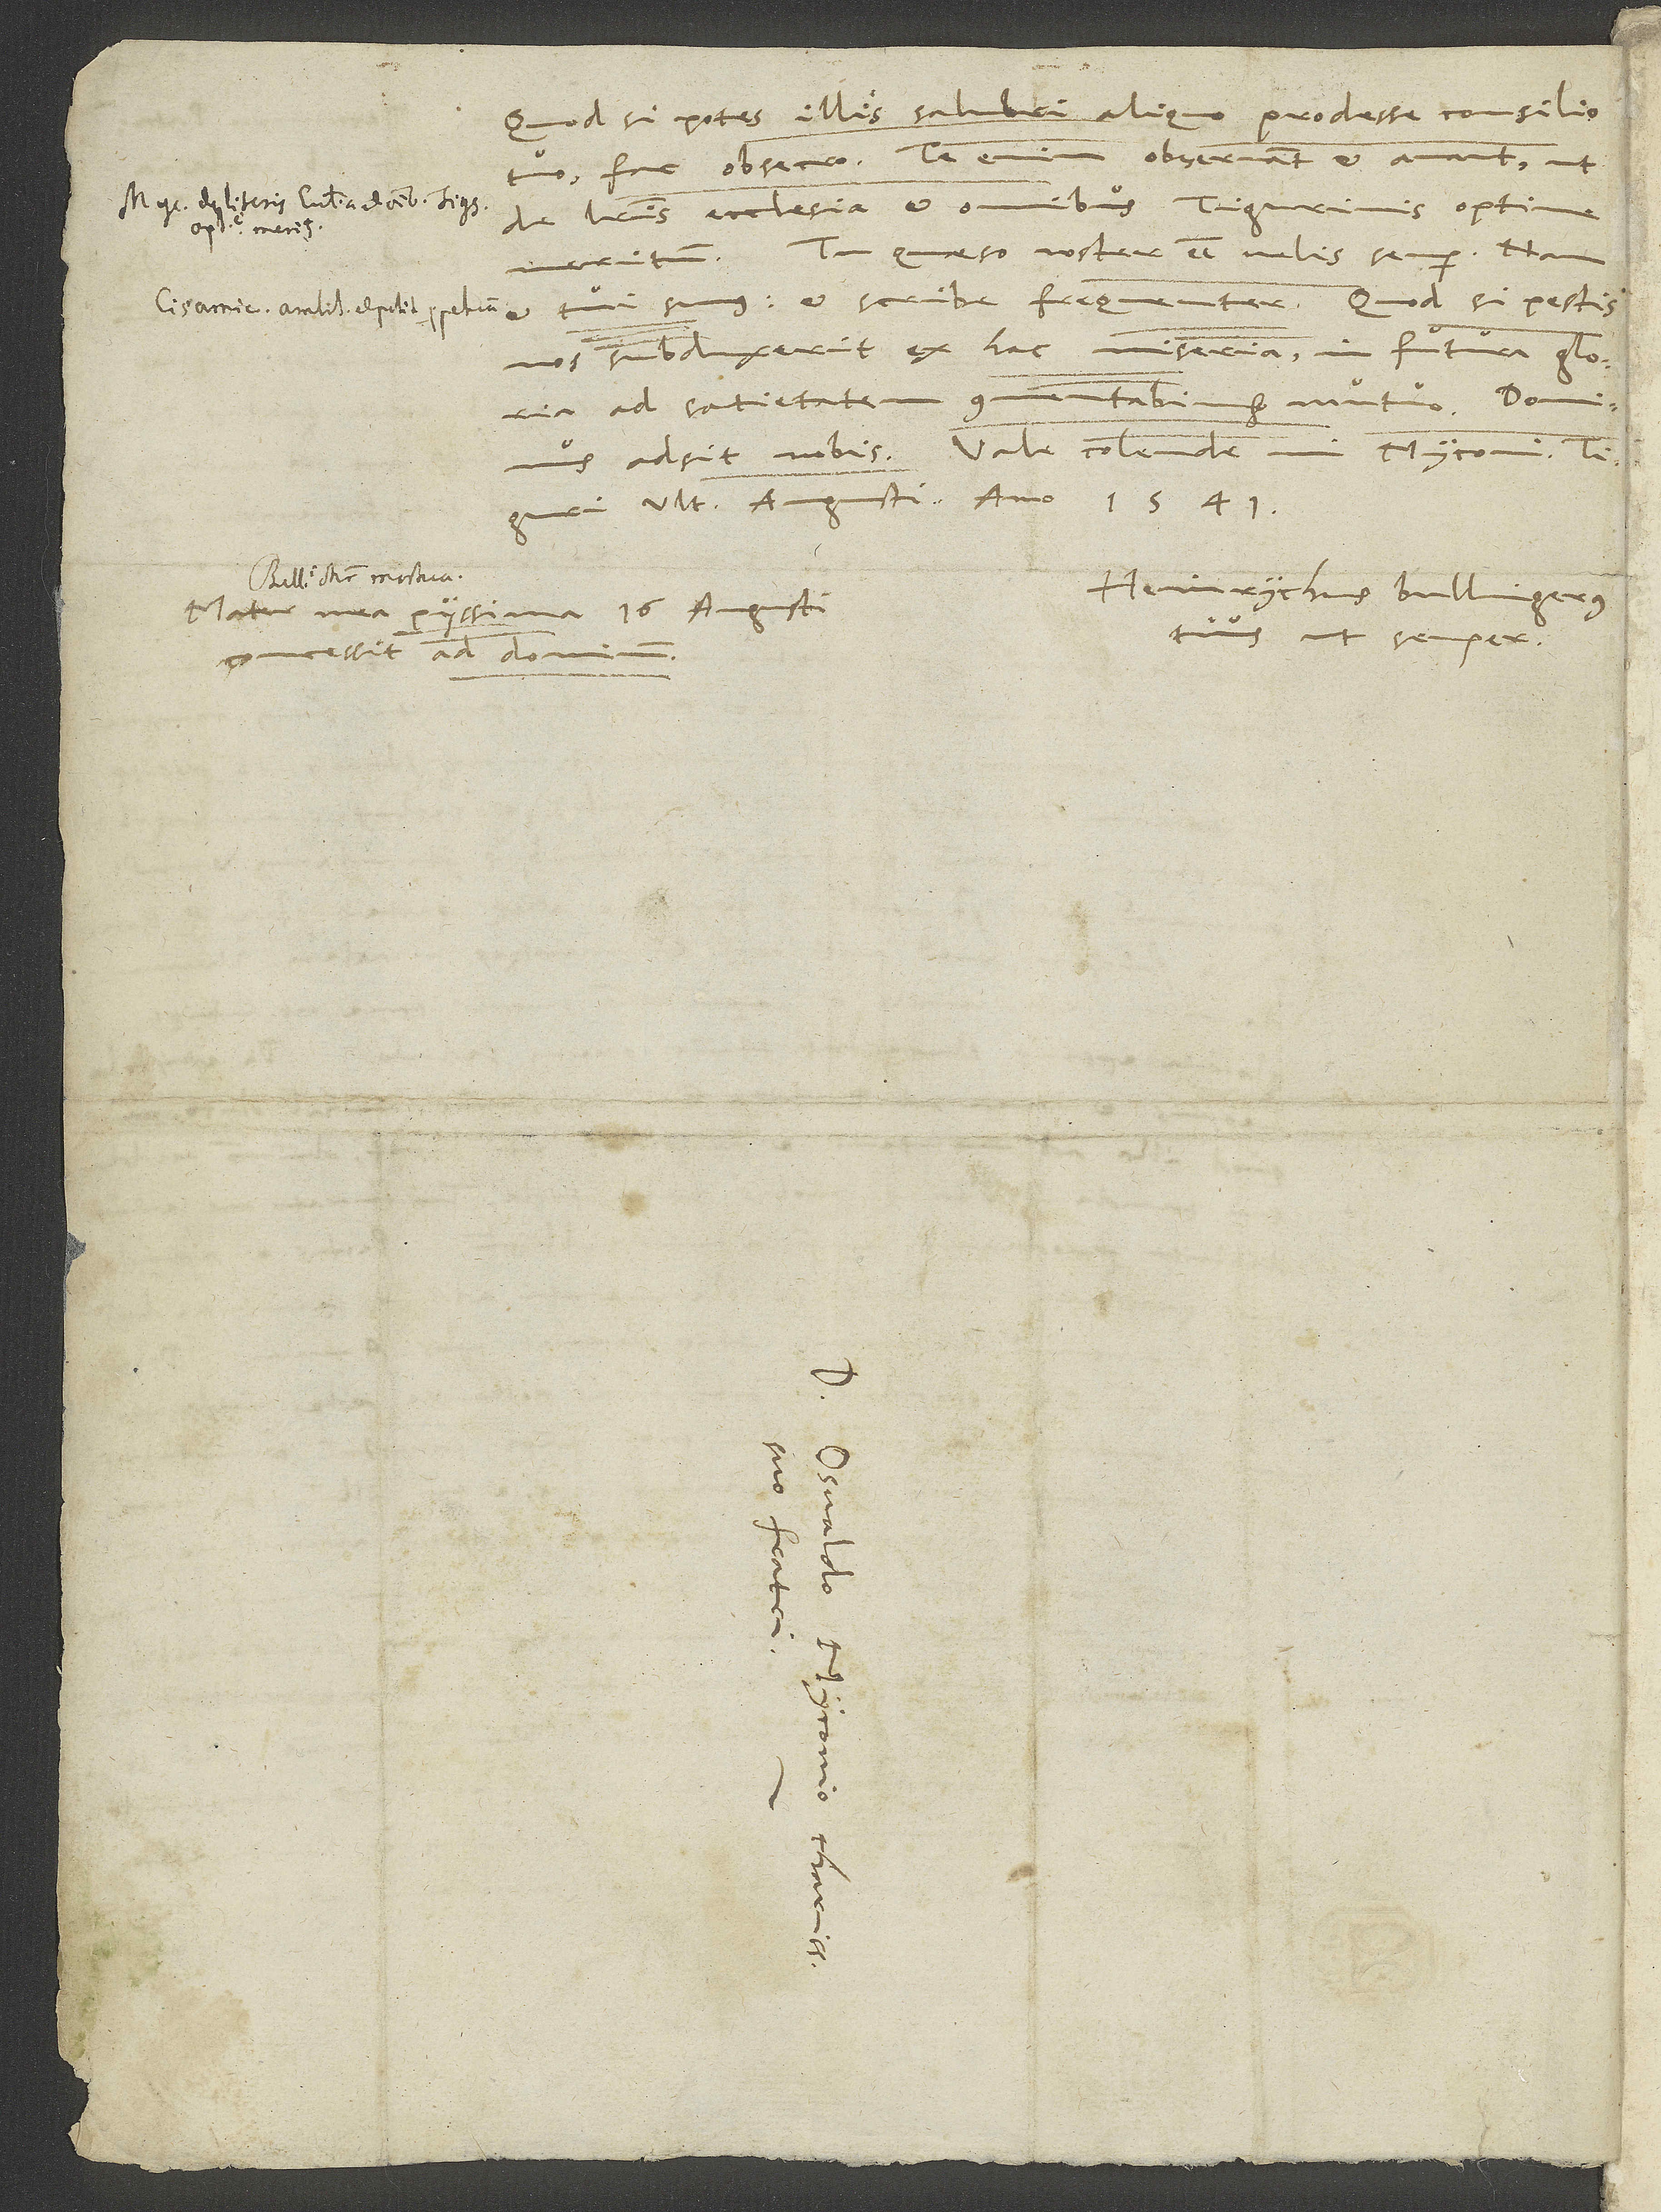
Quod si potes illis salubri aliquo prodesse consilio
tuo, fac, obsecro. Te enim observant et amant ut
de literis, ecclesia et omnibus Tigurinis optime
Tu, quaeso, noster esse velis semper, nam
et tui sumus, et scribe frequenter. Quod si pestis
nos subduxerit ex hac miseria, in futura gloria
ad satietatem commentabimur mutuo. Dominus
Tiguri, ultima augusti anno 1541.
Heinrychus Bullingerus
Mater mea piissima 16. augusti
tuus ut semper.
concessit ad dominum.